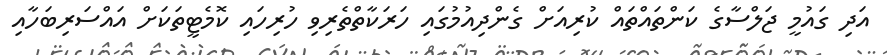
އަދި ގައުމީ ޖަލްސާގެ ކަންތައްތައް ކުރިއަށް ގެންދިއުމުގައި ހަރަކާތްތެރިވި ހުރިހައި ކޮމެޓީތަކަށް އައްސަރިބަހާއި